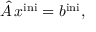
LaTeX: { \hat { A } } \, { x } ^ { \mathrm { i n i } } = { b } ^ { \mathrm { i n i } } ,